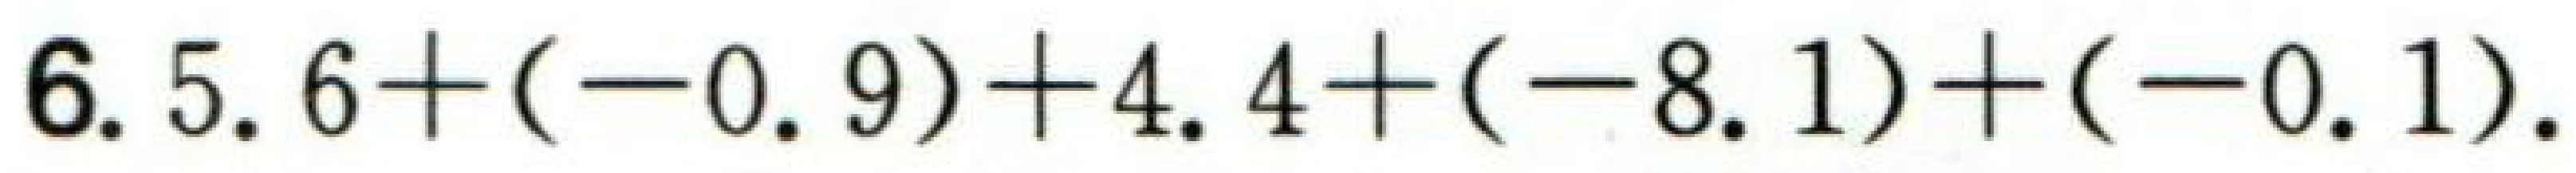
$6.5.6+(-0.9)+4.4+(-8.1)+(-0.1).$